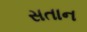
સતાન